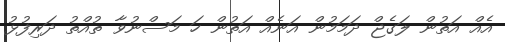
އެއް އަތުން ލަގެޖް ދަމަމުން އަނެއް އަތުން ހަ މަސްނުވާ ތުއްތު ދަރިފުޅު